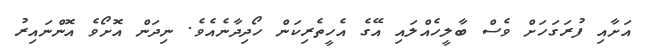
އަށާއި ފުރަގަހަށް ވެސް ބާލީހެއްލައި އޭގެ އެހީތެރިކަން ހޯދިދާނެއެވެ. ނިދަން އޮށޯވެ އޮންނައިރު